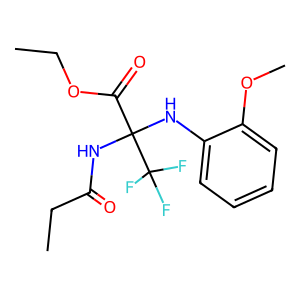
SMILES: CCOC(=O)C(NC(=O)CC)(Nc1ccccc1OC)C(F)(F)F
Inhibits HIV replication: No